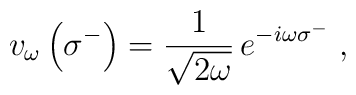
v_{\omega}\left(\sigma^-\right)={1\over\sqrt{2\omega}}\,e^{-i\omega\sigma^-}\;,